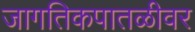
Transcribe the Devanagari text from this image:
जागतिकपातळीवर